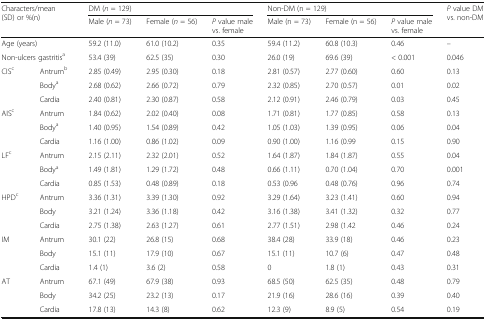
<table><thead><tr><td rowspan="2" colspan="2"><b>Characters/mean(SD) or %(n)</b></td><td colspan="3"><b>DM (<i>n</i> = 129)</b></td><td colspan="3"><b>Non-DM (n = 129)</b></td><td rowspan="2"><b><i>P</i> value DM vs. non-DM</b></td></tr><tr><td><b>Male (<i>n</i> = 73)</b></td><td><b>Female (<i>n</i> = 56)</b></td><td><b><i>P</i> value male vs. female</b></td><td><b>Male (n = 73)</b></td><td><b>Female (n = 56)</b></td><td><b><i>P</i> value male vs. female</b></td></tr></thead><tbody><tr><td colspan="2">Age (years)</td><td>59.2 (11.0)</td><td>61.0 (10.2)</td><td>0.35</td><td>59.4 (11.2)</td><td>60.8 (10.3)</td><td>0.46</td><td>–</td></tr><tr><td colspan="2">Non-ulcers gastritis<sup>a</sup></td><td>53.4 (39)</td><td>62.5 (35)</td><td>0.30</td><td>26.0 (19)</td><td>69.6 (39)</td><td>&lt; 0.001</td><td>0.046</td></tr><tr><td rowspan="3">CIS<sup>c</sup></td><td>Antrum<sup>b</sup></td><td>2.85 (0.49)</td><td>2.95 (0.30)</td><td>0.18</td><td>2.81 (0.57)</td><td>2.77 (0.60)</td><td>0.60</td><td>0.13</td></tr><tr><td>Body<sup>a</sup></td><td>2.68 (0.62)</td><td>2.66 (0.72)</td><td>0.79</td><td>2.32 (0.85)</td><td>2.70 (0.57)</td><td>0.01</td><td>0.02</td></tr><tr><td>Cardia</td><td>2.40 (0.81)</td><td>2.30 (0.87)</td><td>0.58</td><td>2.12 (0.91)</td><td>2.46 (0.79)</td><td>0.03</td><td>0.45</td></tr><tr><td rowspan="3">AIS<sup>c</sup></td><td>Antrum</td><td>1.84 (0.62)</td><td>2.02 (0.40)</td><td>0.08</td><td>1.71 (0.81)</td><td>1.77 (0.85)</td><td>0.58</td><td>0.13</td></tr><tr><td>Body<sup>a</sup></td><td>1.40 (0.95)</td><td>1.54 (0.89)</td><td>0.42</td><td>1.05 (1.03)</td><td>1.39 (0.95)</td><td>0.06</td><td>0.04</td></tr><tr><td>Cardia</td><td>1.16 (1.00)</td><td>0.86 (1.02)</td><td>0.09</td><td>0.90 (1.00)</td><td>1.16 (0.99</td><td>0.15</td><td>0.90</td></tr><tr><td rowspan="3">LF<sup>c</sup></td><td>Antrum</td><td>2.15 (2.11)</td><td>2.32 (2.01)</td><td>0.52</td><td>1.64 (1.87)</td><td>1.84 (1.87)</td><td>0.55</td><td>0.04</td></tr><tr><td>Body<sup>a</sup></td><td>1.49 (1.81)</td><td>1.29 (1.72)</td><td>0.48</td><td>0.66 (1.11)</td><td>0.70 (1.04)</td><td>0.70</td><td>0.001</td></tr><tr><td>Cardia</td><td>0.85 (1.53)</td><td>0.48 (0.89)</td><td>0.18</td><td>0.53 (0.96</td><td>0.48 (0.76)</td><td>0.96</td><td>0.74</td></tr><tr><td rowspan="3">HPD<sup>c</sup></td><td>Antrum</td><td>3.36 (1.31)</td><td>3.39 (1.30)</td><td>0.92</td><td>3.29 (1.64)</td><td>3.23 (1.41)</td><td>0.60</td><td>0.94</td></tr><tr><td>Body</td><td>3.21 (1.24)</td><td>3.36 (1.18)</td><td>0.42</td><td>3.16 (1.38)</td><td>3.41 (1.32)</td><td>0.32</td><td>0.77</td></tr><tr><td>Cardia</td><td>2.75 (1.38)</td><td>2.63 (1.27)</td><td>0.61</td><td>2.77 (1.51)</td><td>2.98 (1.42</td><td>0.46</td><td>0.24</td></tr><tr><td rowspan="3">IM</td><td>Antrum</td><td>30.1 (22)</td><td>26.8 (15)</td><td>0.68</td><td>38.4 (28)</td><td>33.9 (18)</td><td>0.46</td><td>0.23</td></tr><tr><td>Body</td><td>15.1 (11)</td><td>17.9 (10)</td><td>0.67</td><td>15.1 (11)</td><td>10.7 (6)</td><td>0.47</td><td>0.48</td></tr><tr><td>Cardia</td><td>1.4 (1)</td><td>3.6 (2)</td><td>0.58</td><td>0</td><td>1.8 (1)</td><td>0.43</td><td>0.31</td></tr><tr><td rowspan="3">AT</td><td>Antrum</td><td>67.1 (49)</td><td>67.9 (38)</td><td>0.93</td><td>68.5 (50)</td><td>62.5 (35)</td><td>0.48</td><td>0.79</td></tr><tr><td>Body</td><td>34.2 (25)</td><td>23.2 (13)</td><td>0.17</td><td>21.9 (16)</td><td>28.6 (16)</td><td>0.39</td><td>0.40</td></tr><tr><td>Cardia</td><td>17.8 (13)</td><td>14.3 (8)</td><td>0.62</td><td>12.3 (9)</td><td>8.9 (5)</td><td>0.54</td><td>0.19</td></tr></tbody></table>